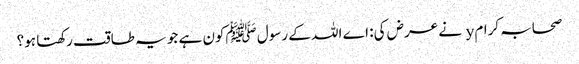
صحابہ کرام y نے عرض کی: اے اللہ کے رسول ﷺکون ہے جو یہ طاقت رکھتا ہو؟